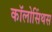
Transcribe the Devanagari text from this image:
कॉलोसिंथस